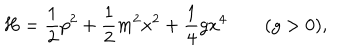
LaTeX: H = { \frac { 1 } { 2 } } p ^ { 2 } + { \frac { 1 } { 2 } } m ^ { 2 } x ^ { 2 } + { \frac { 1 } { 4 } } g x ^ { 4 } \qquad ( g > 0 ) ,